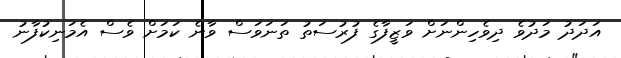
އަދަދު މަދުވެ ދިވެހިންނަށް ވަޒީފާގެ ފުރުސަތު ތަނަވަސް ވާނެ ކަމަށް ވެސް އެމަނިކުފާނު